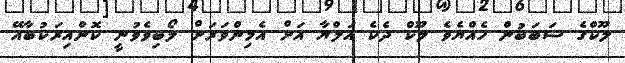
ލޫކްގެ ސަބަބުން ހެއްޔެވެ ލޫކް ދެކެ އަލްޔާ އަށް އެމިންވަރަށް ލޯބިވެވުނީ ކޮންއިރަކުބާއޭ